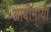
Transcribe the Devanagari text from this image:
आदीमाया